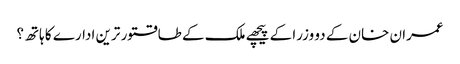
عمران خان کے دو وزرا کے پیچھے ملک کے طاقتور ترین ادارے کا ہاتھ؟